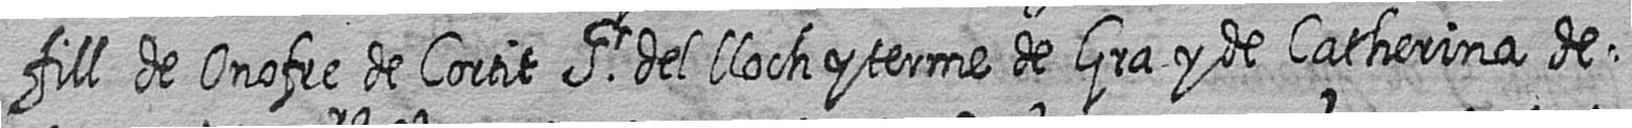
fill de Onofre de Cortit Sr del lloch y terme de Gra y de Catherina de=